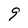
Character: 9